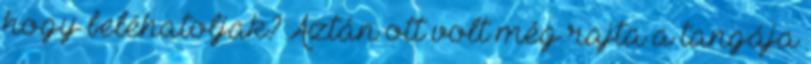
hogy beléhatoljak? Aztán ott volt még rajta a tangája